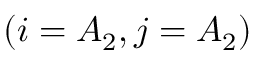
\left( i = A _ { 2 } , j = A _ { 2 } \right)